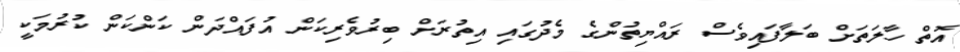
އޮތް ހާލަތަށް ބަލާފައިވެސް ރައްޔިތުންގެ މެދުގައި އިތުރަށް ބިރުވެރިކަން އުފައްދަން ކަންކަން ކުރުމަކީ